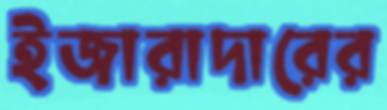
ইজারাদারের